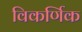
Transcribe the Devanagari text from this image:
विकर्णिक